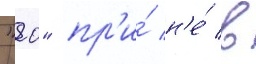
"20" пр'и́ н'е́ в